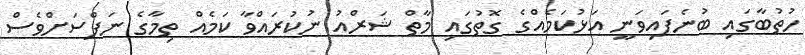
ހުތުބާގައި ބުނެފައިވަނީ އަޅުކަމެއްގެ ގޮތުގައި މާތް ޝަރްއު ނުކުރައްވާ ކަމެއް ތިމާގެ ނަފްސަށްވެސް